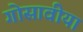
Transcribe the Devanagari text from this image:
गोसावीया